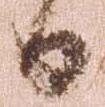
日